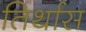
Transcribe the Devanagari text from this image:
तिर्थास